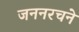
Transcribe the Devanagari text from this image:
जननरचने